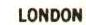
LONDON